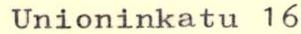
Unioninkatu 16